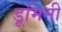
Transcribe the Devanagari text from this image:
डूमिनी